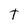
Character: t